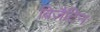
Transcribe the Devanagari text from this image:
बिज़ैटिन